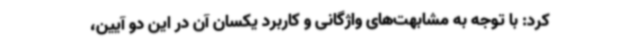
کرد: با توجه به مشابهت‌های واژگانی و کاربرد یکسان آن در این دو آیین،